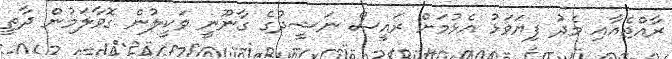
ރާއްޖެއާއި މެދު ފިޔަވަޅު އެޅުމަށް ރައީސް ނަޝީދުގެ ގާނޫނީ ވަކީލުން ގޮވާލަމުން ދާތީ